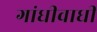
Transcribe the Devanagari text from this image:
गांधीवाधी